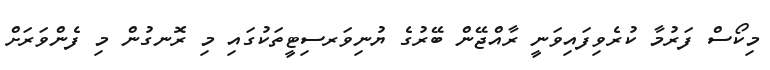
މިކޯސް ފަރުމާ ކުރެވިފައިވަނީ ރާއްޖޭން ބޭރުގެ ޔުނިވަރސިޓީތަކުގައި މި ރޮނގުން މި ފެންވަރަށް